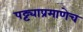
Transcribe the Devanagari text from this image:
पट्ट्याप्रमाणेच